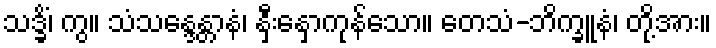
သဒ္ခိံ၊ ကွ။ သံသန္ဒေန္တာနံ၊ နှီးနှောကုန်သော။ တေသံ-ဘိက္ခူနံ၊ တို့အား။